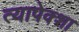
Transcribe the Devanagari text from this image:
त्यापेक्शा